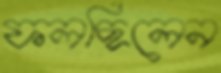
ফলছিলেন